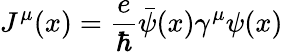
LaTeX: J^{\mu}(x)={\frac{e}{\hbar}}{\bar{\psi}}(x)\gamma^{\mu}\psi(x)